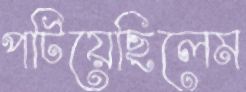
পটিয়েছিলেম